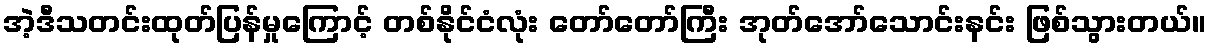
အဲ့ဒီသတင်းထုတ်ပြန်မှုကြောင့် တစ်နိုင်ငံလုံး တော်တော်ကြီး အုတ်အော်သောင်းနင်း ဖြစ်သွားတယ်။